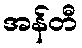
အန်တီ